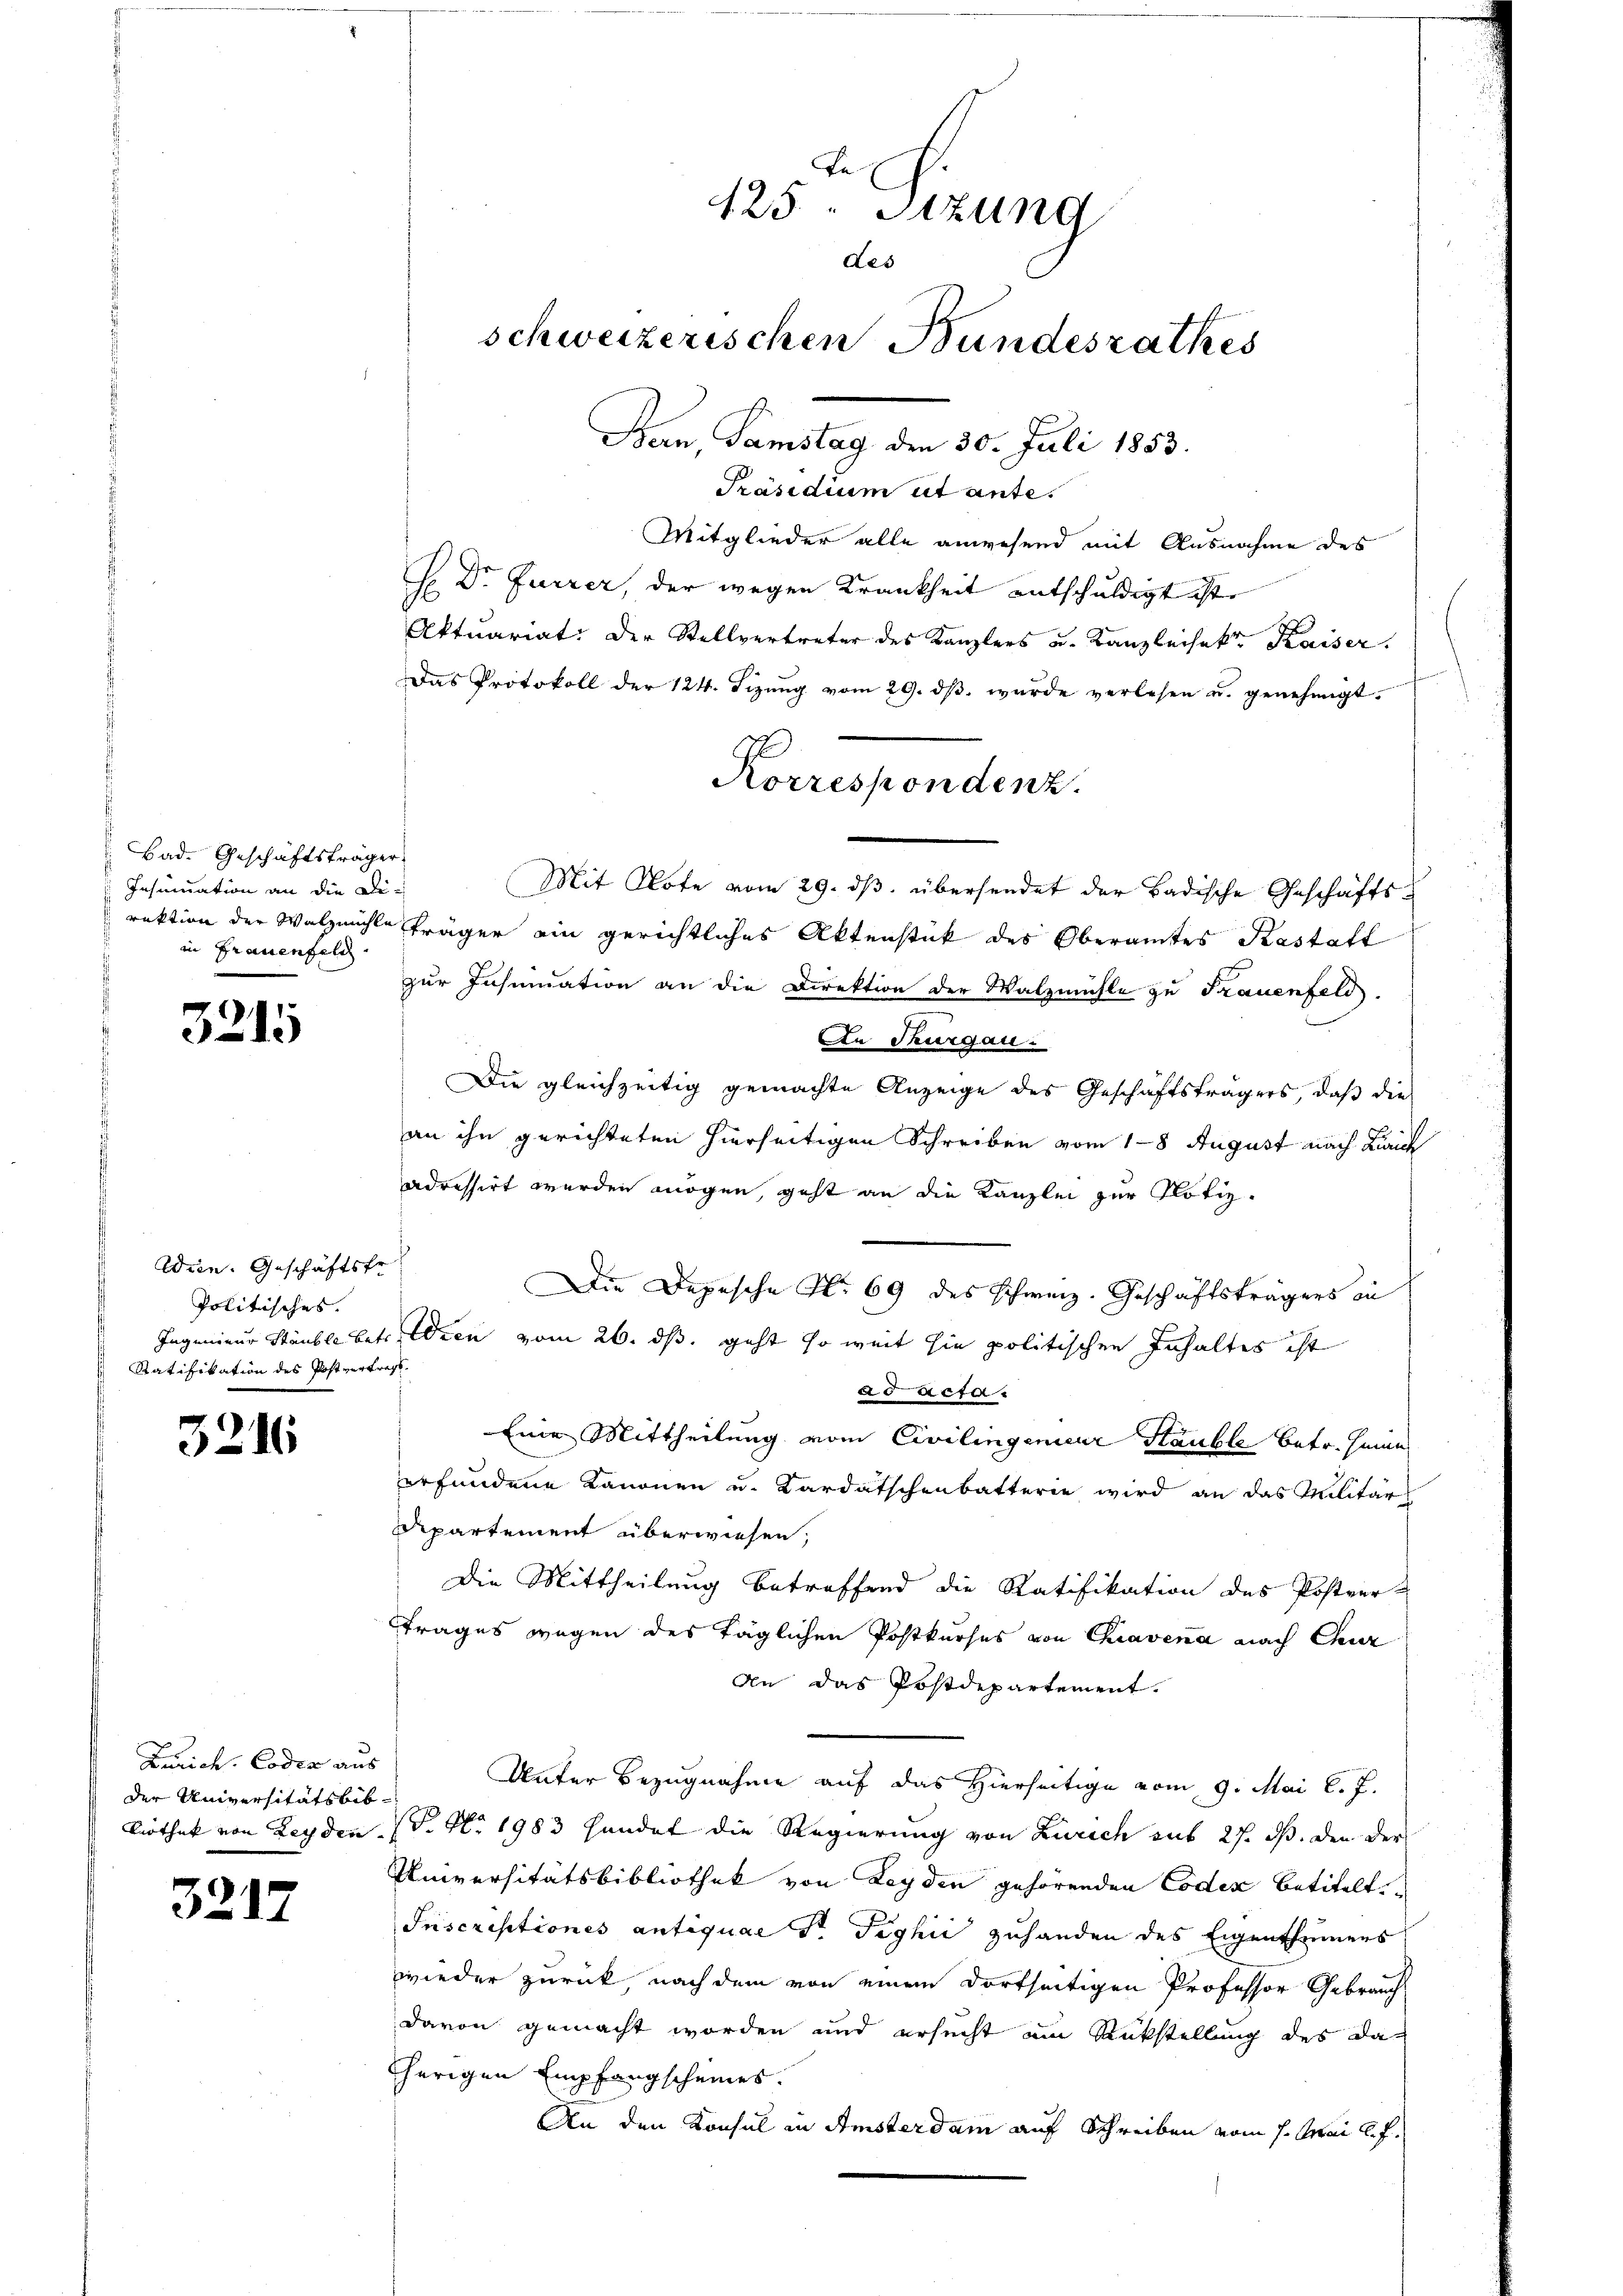
Bad. Geschäftsträger
Insinuation an die Diin Frauenfeld.

,
315

Wien. Geschäftsfr.
Politisches.
Ratifikation des Postvertragt.

3216

Zürich, Coder aus
der Universitätsbib

3217

te
125. Sitzung
des
schweizerischen Bundesrathes
Bern, Samstag den 30. Juli 1853.

Präsidium et ante.
Mitglieder alle anwesend mit Ausnahme des
H Dr. Furrer, der wegen Krankheit entschuldigt ist.
Aktuariat. Der Stellvertreter des Kanzlers u. Kanzleisekt Kaiser.
Das Protokoll der 124. Sizŭng vom 29. dβ. wurde verlesen u. genehmigt.
Mit Note vom 29. ds. übersendet der Badische Geschäftsrektion der Walzmühle träger ein gerichtliches Aktenstück des Oberamtes Kastalt
zur Insinuation an die Direktion der Watzmühle zu Frauenfeld.
In Thurgau.
Die gleichzeitig gemachte Anzeige des Geschäftsträgers, daß die
an ihn gerichteten hierseitigen Schreiben vom 18 August nach Laich
adressirt werden mögen, geht an die Kanzlei zur Notiz¬
Die Depesche No 69 des Schweiz. Geschäftsträgers in
Ingenieur Stäuble betr. Wien vom 26. ds. geht so weit sie politischen Inhaltes ist
ad acta.
Eine Mittheilung vom Civilingenieur Stäuble betr. Hein
erfundene Kanonen u. Kardatschenbatterie wird an das Militär
Departement überwiesen,
Die Mittheilung betreffend die Ratifikation des Postver-
trages wegen des täglichen Postkurses von Chiavena nach Chur
An das Postdepartement.
Unter Bezugnahme auf das Hierseitige vom 9. Mai l. J.
liothek von Leyden (T. N. 1983 Handet die Regierung von Zürich aus 27. ds. den der
Universitätsbibliothek von Leyden gehörenden Codex betitelte
Inscriptiones antiquae Dr. Tighić zuhanden des Eigenthümers
wieder zurück, nach dem von einem dortseitigen Professor Gebrauch
davon gemacht worden und ersucht um Rückstellung des daherigen Empfangscheines.
An den Konsul in Amsterdam auf Schreiben vom 1. Mai l. J.

Korrespondenz.